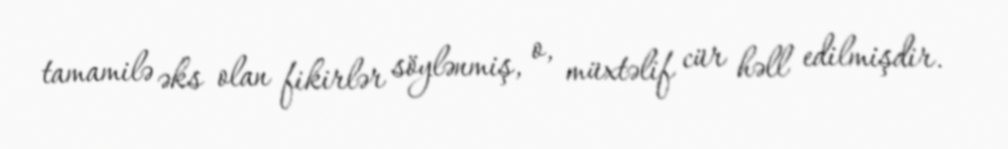
tamamilə əks olan fikirlər söylənmiş, o, müxtəlif cür həll edilmişdir.